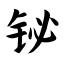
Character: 铋